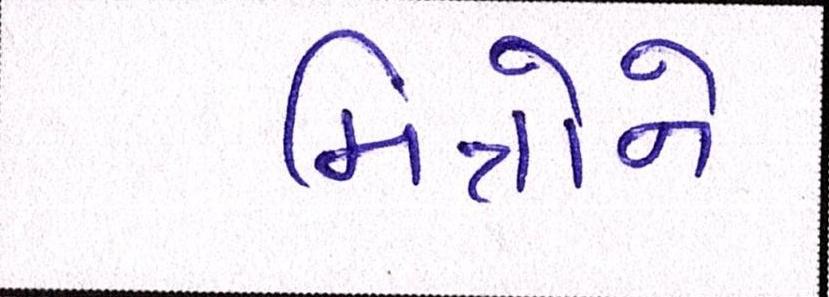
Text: મિત્રોને